Vaccine operations Central Provinces 1868-1885 - 1868-1885
Year: 1868
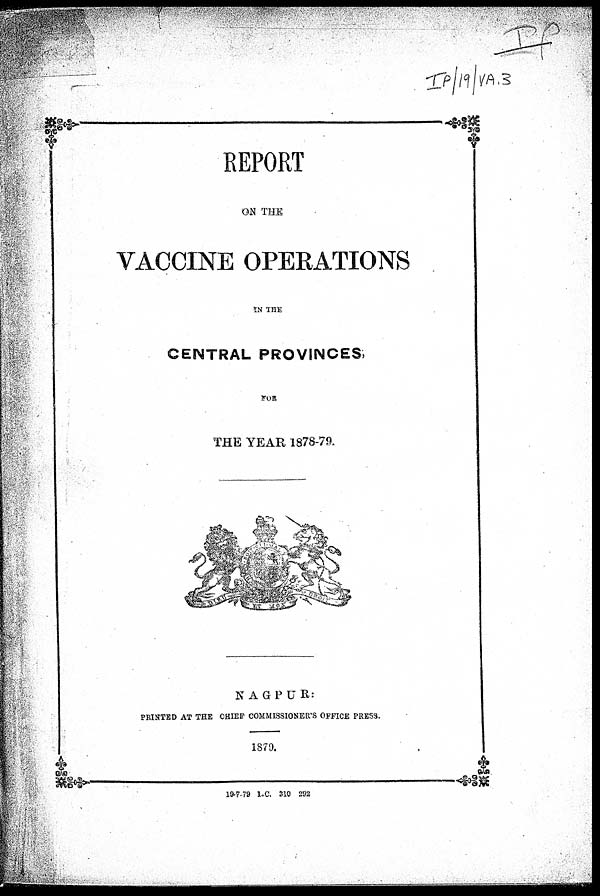
REPORT
ON THE
VACCINE OPERATIONS
IN THE
CENTRAL PROVINCES,
FOR
THE YEAR 1878-79.
NAGPUR:
PRINTED AT THE CHIEF COMMISSIONER'S OFFICE PRESS.
1879.
19-7-79 1-C. 310 292